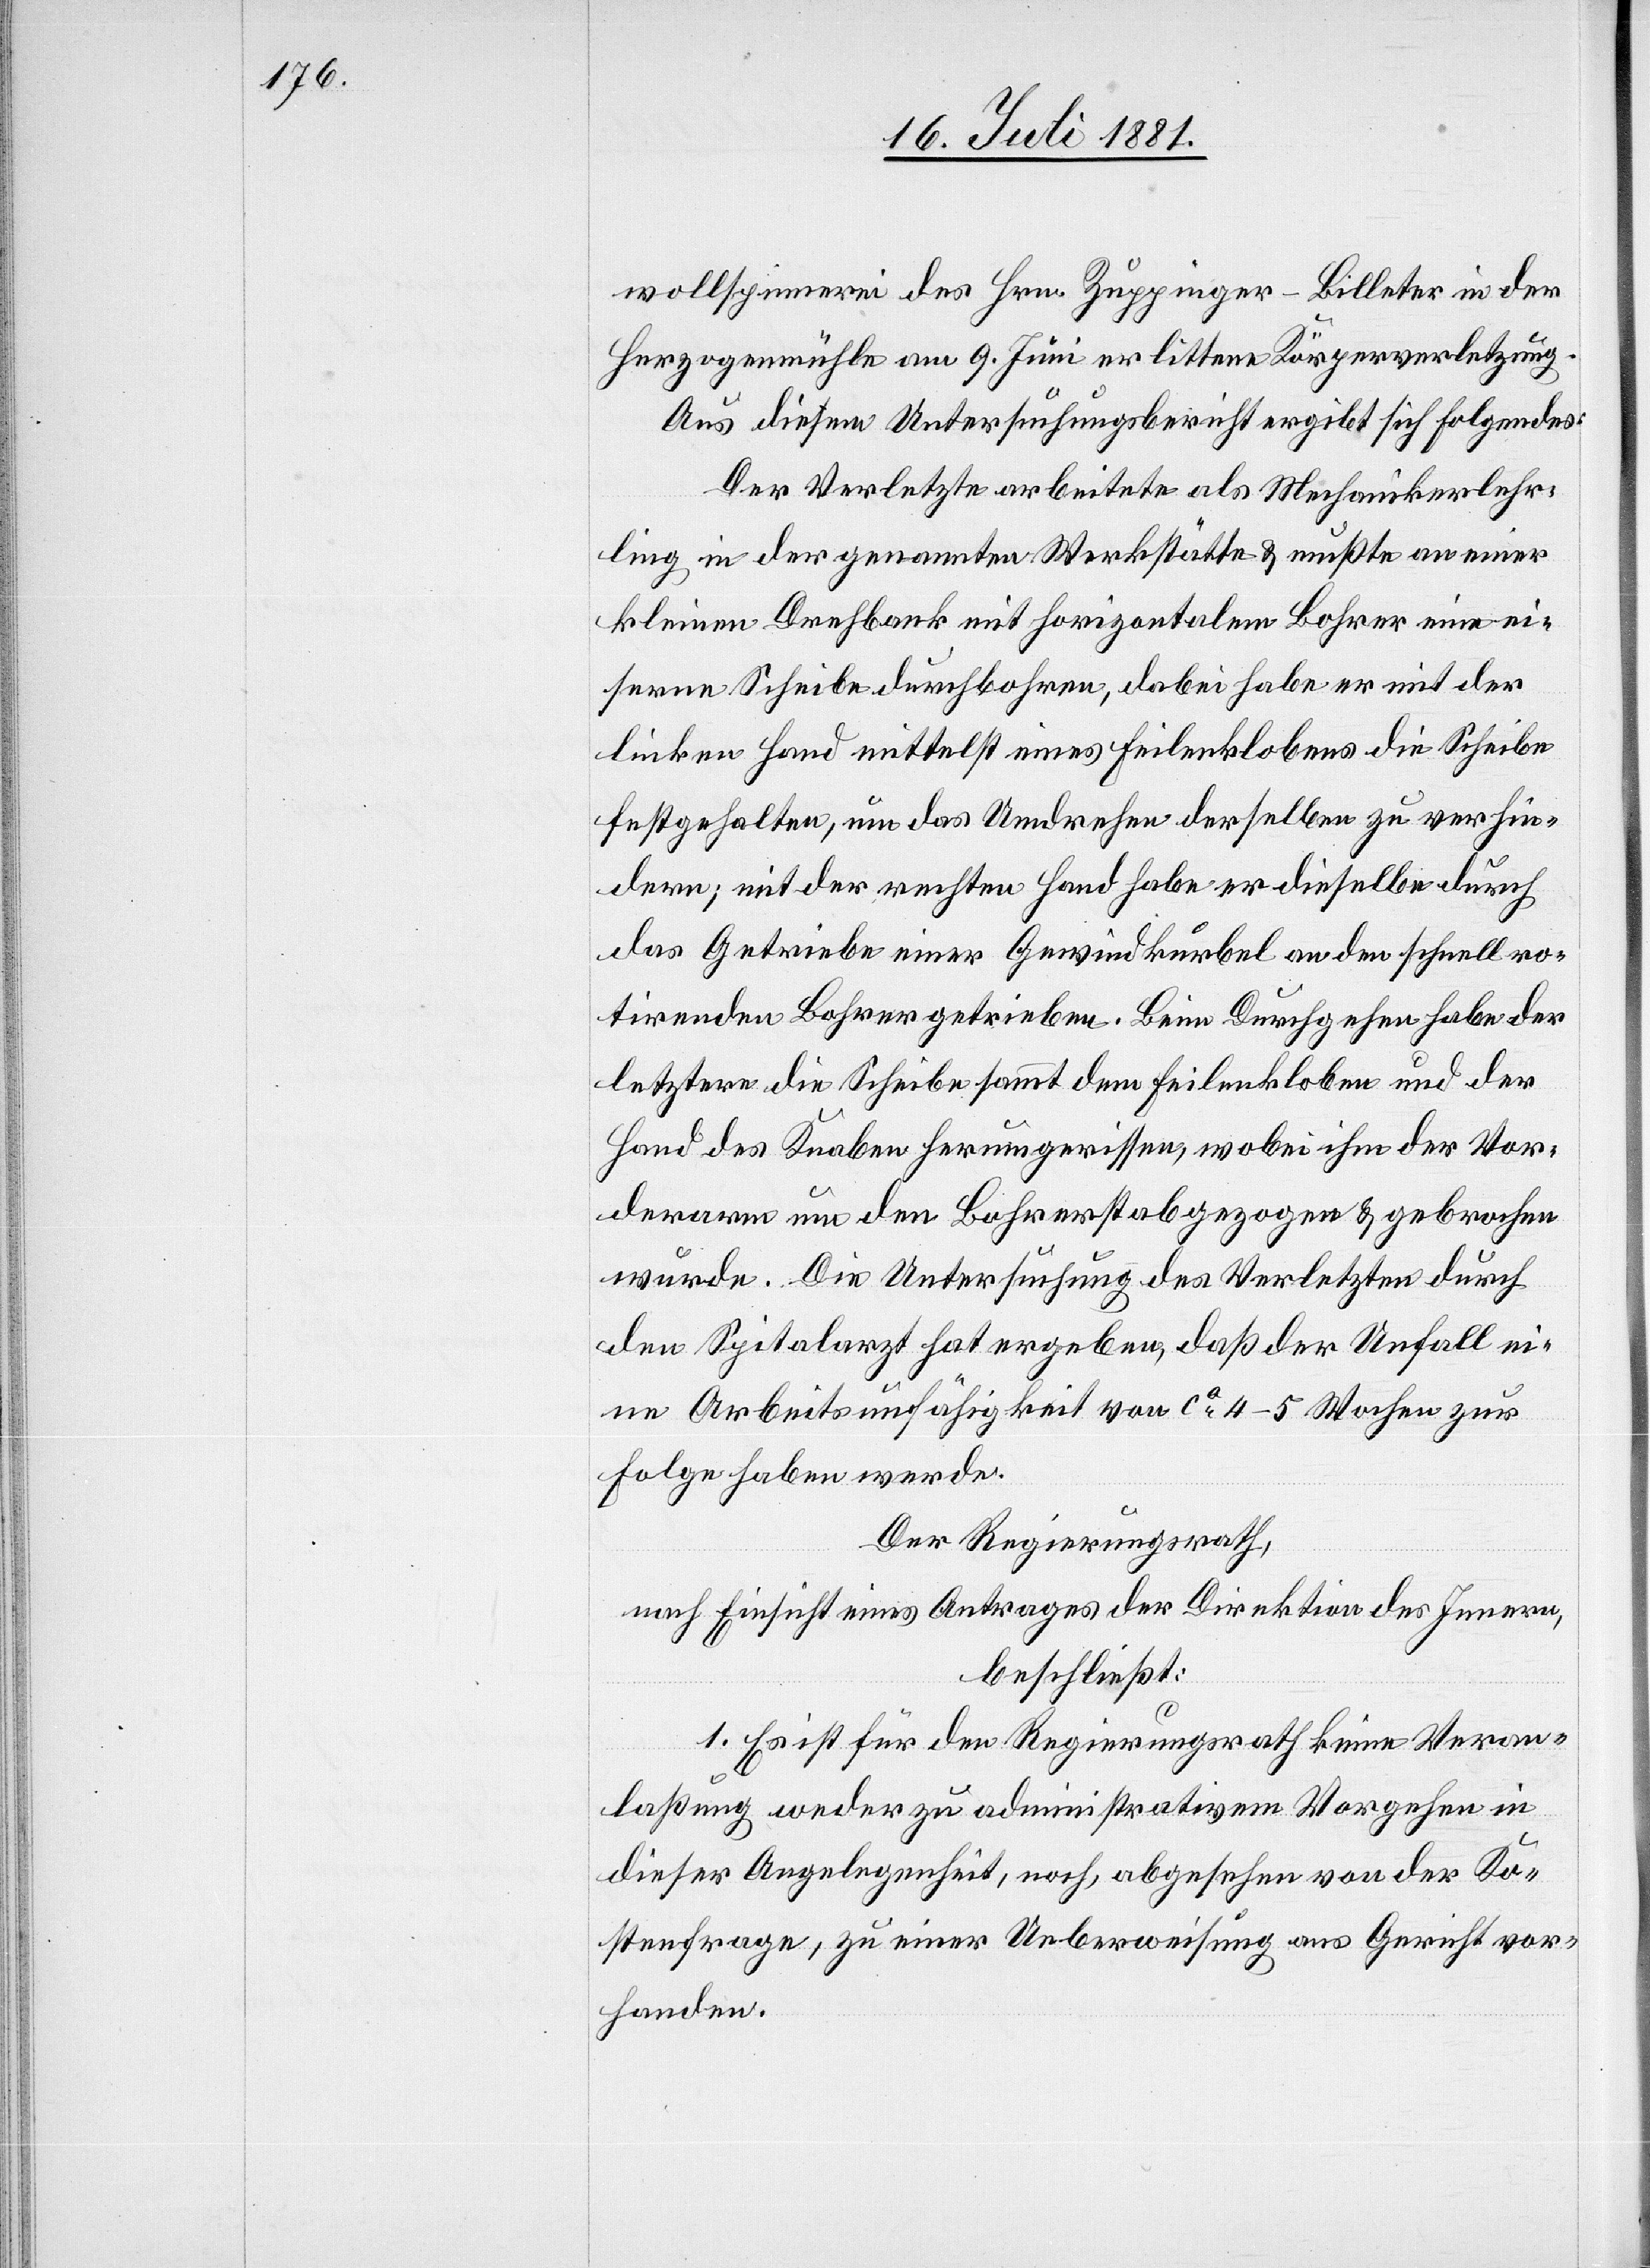
wollspinnerei des Hrn. Zuppinger-Billeter in der
Herzogenmühle am 9. Juni erlittene Körperverletzung.
Aus diesem Untersuchungsbericht ergibt sich Folgendes:
Der Verletzte arbeitete als Mechanikerlehr¬
ling in der genannten Werkstätte & mußte an einer
kleinen Drehbank mit horizontalem Bohrer eine ei¬
serne Scheibe durchbohren, dabei habe er mit der
linken Hand mittelst eines Feilenklobens die Scheibe
festgehalten, um das Umdrehen derselben zu verhin¬
dern; mit der rechten Hand habe er dieselbe durch
das Getriebe einer Gewindkurbel an den schnell ro¬
tirenden Bohrer getrieben. Beim Durchgehen habe der
letztere die Scheibe sammt dem Feilenkloben und der
Hand des Knaben herumgerissen, wobei ihm der Vor¬
derarm um den Bohrerstab gezogen & gebrochen
wurde. Die Untersuchung des Verletzten durch
den Spitalarzt hat ergeben, daß der Unfall ei¬
ne Arbeitsunfähigkeit von ca 4–5 Wochen zur
Folge haben werde.
Der Regierungsrath,
nach Einsicht eines Antrages der Direktion des Innern,
beschließt:
1. Es ist für den Regierungsrath keine Veran¬
laßung weder zu administrativem Vorgehen in
dieser Angelegenheit, noch, abgesehen von der Ko¬
stenfrage, zu einer Ueberweisung ans Gericht vor¬
handen.